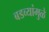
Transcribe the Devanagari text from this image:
बडव्यांमुळे